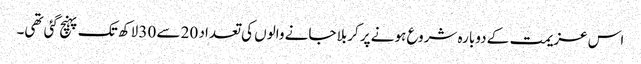
اس عزیمت کے دوبارہ شروع ہونے پر کربلا جانے والوں کی تعداد 20 سے 30 لاکھ تک پہنچ گئی تھی۔